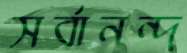
সর্বানন্দ